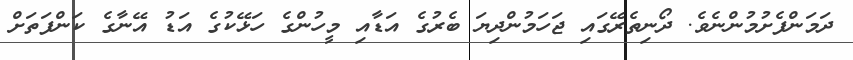
ދަމަންފެށުމުންނެވެ. ދޯނިތެރޭގައި ޖަހަމުންދިޔަ ބެރުގެ އަޑާއި މީހުންގެ ހަޅޭކުގެ އަޑު އޭނާގެ ކަންފަތަށް